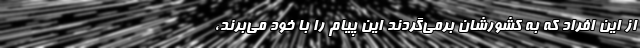
از این افراد که به کشورشان برمی‌گردند این پیام را با خود می‌برند،